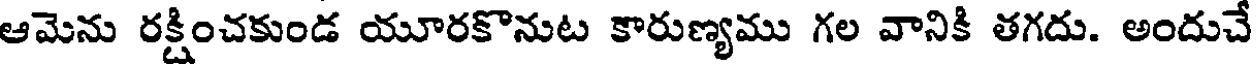
ఆమెను రక్షించకుండ యూరకొనుట కారుణ్యము గల వానికి తగదు. అందుచే